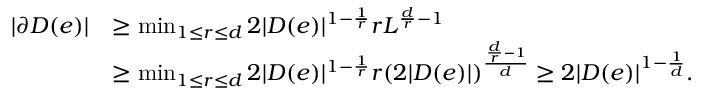
\begin{array} { r l } { | \partial D ( e ) | } & { \ge \operatorname* { m i n } _ { 1 \le r \le d } 2 | D ( e ) | ^ { 1 - \frac { 1 } { r } } r L ^ { \frac { d } { r } - 1 } } \\ & { \ge \operatorname* { m i n } _ { 1 \le r \le d } 2 | D ( e ) | ^ { 1 - \frac { 1 } { r } } r ( 2 | D ( e ) | ) ^ { \frac { \frac { d } { r } - 1 } { d } } \ge 2 | D ( e ) | ^ { 1 - \frac { 1 } { d } } . } \end{array}